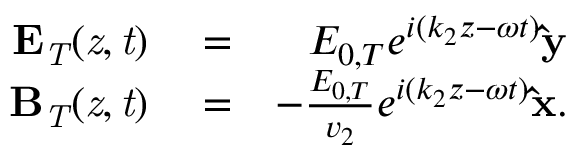
\begin{array} { r l r } { \bf { E } _ { \it { T } } ( \it { z } , \it { t } ) } & { { } = } & { E _ { 0 , T } e ^ { i ( k _ { 2 } z - \omega t ) } \bf { \hat { y } } } \\ { \bf { B } _ { \it { T } } ( \it { z } , \it { t } ) } & { { } = } & { - \frac { E _ { 0 , T } } { v _ { 2 } } e ^ { i ( k _ { 2 } z - \omega t ) } \bf { \hat { x } } . } \end{array}